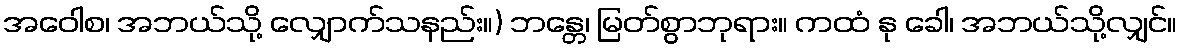
အဝေါစ၊ အဘယ်သို့ လျှောက်သနည်း။) ဘန္တေ၊ မြတ်စွာဘုရား။ ကထံ နု ခေါ၊ အဘယ်သို့လျှင်။